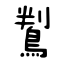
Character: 鵥